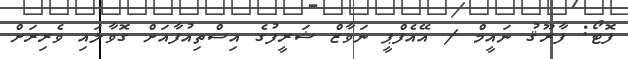
ފޮޓޯ: ފާރޫޤު ނައީމް / އޭއެފްޕީ ނަވާޒް ޝަރީފުގެ އިސްތިއުފާއަށް ގޮވާލައި ވެރިރަށް